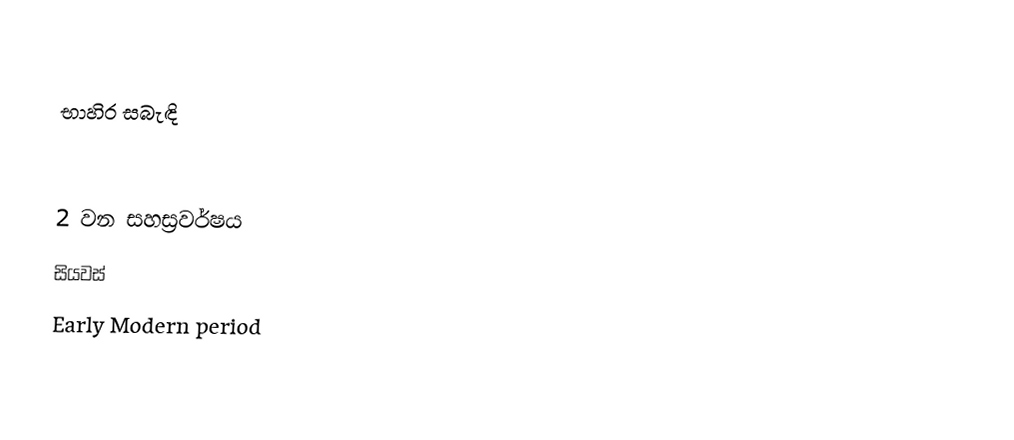

භාහිර සබැඳි

2 වන සහස්‍රවර්ෂය
සියවස්
Early Modern period